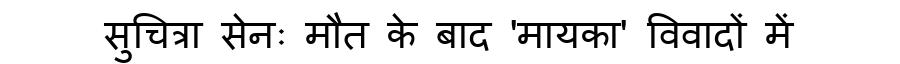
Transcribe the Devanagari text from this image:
सुचित्रा सेनः मौत के बाद 'मायका' विवादों में